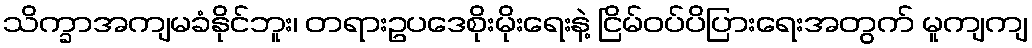
သိက္ခာအကျမခံနိုင်ဘူး၊ တရားဥပဒေစိုးမိုးရေးနဲ့ ငြိမ်ဝပ်ပိပြားရေးအတွက် မူကျကျ